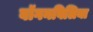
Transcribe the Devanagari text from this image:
बॉगनविलिया